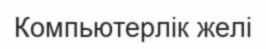
Компьютерлік желі